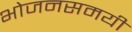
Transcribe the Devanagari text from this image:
भोजनसमयी